Annual administration report of the Civil Veterinary Department of India - 1892-1893
Year: 1892
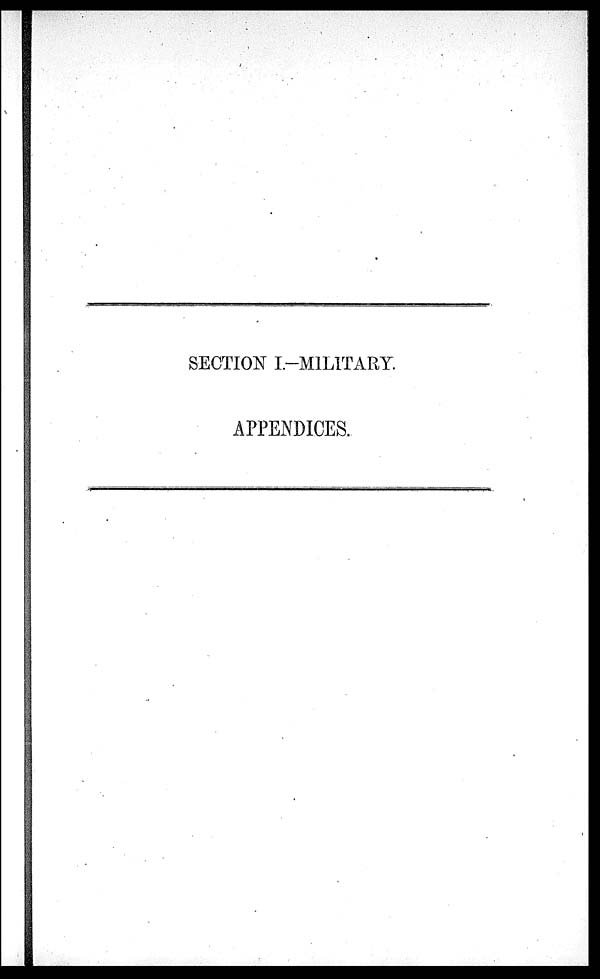
SECTION I-MILITARY.
APPENDICES.